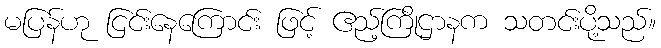
မပြန်ဟု ငြင်းနေကြောင်း ဖြင့် ဧည့်ကြိုဌာနက သတင်းပို့သည်။